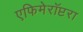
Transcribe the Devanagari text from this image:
एफिमेरॉप्टरा